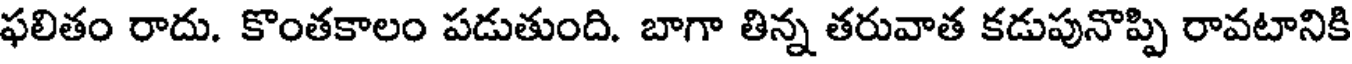
ఫలితం రాదు. కొంతకాలం పడుతుంది. బాగా తిన్న తరువాత కడుపునొప్పి రావటానికి